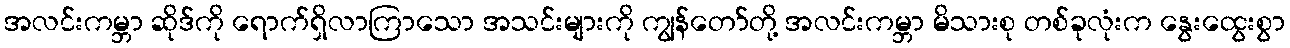
အလင်းကမ္ဘာ ဆိုဒ်ကို ရောက်ရှိလာကြာသော အသင်းများကို ကျွန်တော်တို့ အလင်းကမ္ဘာ မိသားစု တစ်ခုလုံးက နွေးထွေးစွာ